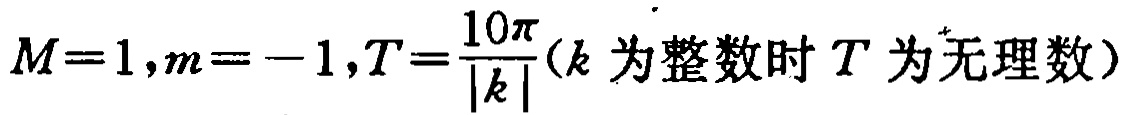
$M = 1,m = - 1,T=\frac{10\pi}{|k|}(k\text{ 为整数时 }T\text{ 为无理数})$